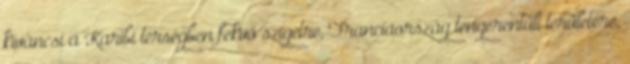
kíváncsi a Karibi térségben fekvő szigetre, Franciaország tengerentúli területére,